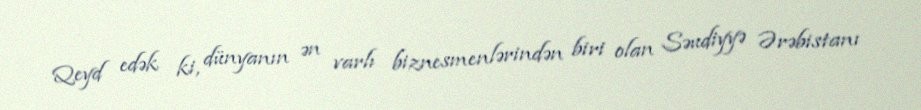
Qeyd edək ki, dünyanın ən varlı biznesmenlərindən biri olan Səudiyyə Ərəbistanı